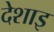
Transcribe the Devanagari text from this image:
देशाइ